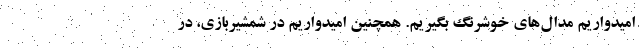
امیدواریم مدال‌های خوشرنگ بگیریم. همچنین امیدواریم در شمشیربازی، در